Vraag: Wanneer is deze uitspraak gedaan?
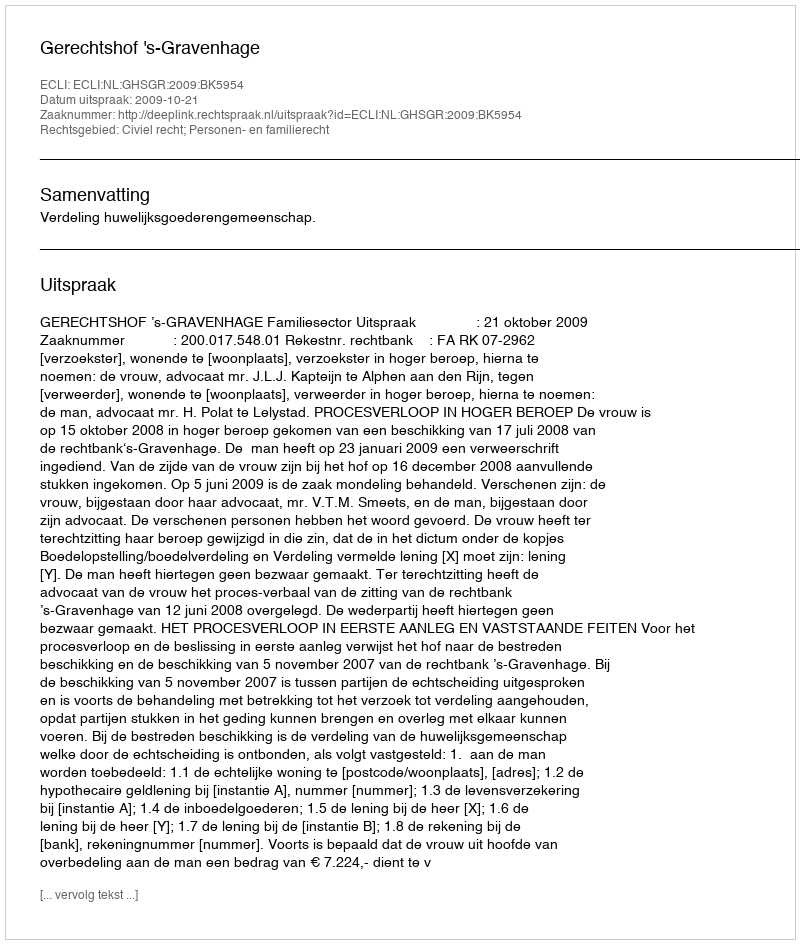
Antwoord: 2009-10-21